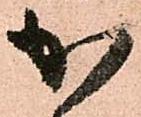
か